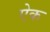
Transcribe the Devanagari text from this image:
एेक